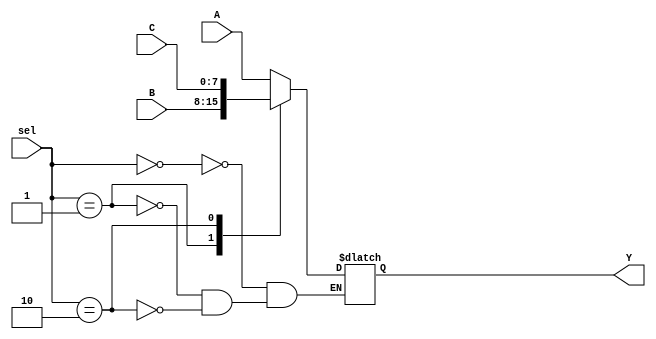
`timescale 1ns / 1ps
//////////////////////////////////////////////////////////////////////////////////
// Company: 
// Engineer: 
// 
// Design Name: 
// Module Name: MUX_N_3to_1
// Project Name: 
// Target Devices: 
// Tool Versions: 
// Description: 
// 
// Dependencies: 
// 
// Revision:
// Revision 0.01 - File Created
// Additional Comments:
// 
//////////////////////////////////////////////////////////////////////////////////


module MUX_N_3to_1#(parameter N = 8)(
    input [N-1:0] A,
    input [N-1:0] B,
    input [N-1:0] C,
    input [1:0] sel,
    output reg[N-1:0] Y
    );
    
    always@(A, B, C, sel) begin
    
        case (sel)
            2'b00: Y<=A;
            2'b01: Y<=B;
            2'b10: Y<=C;
        endcase
    
    end
    
endmodule